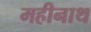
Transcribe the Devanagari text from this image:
महीनाथ